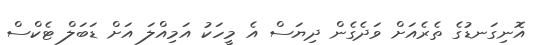
އޮނިގަނޑުގެ ތެރެއަށް ވަދެގެން ދިޔަސް އެ މީހަކު އަމިއްލަ އަށް ޑަބަލް ޓެކްސް